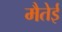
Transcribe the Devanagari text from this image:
मैतेई